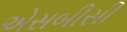
એસબીસી